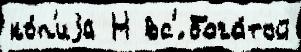
ко́п'иjа Н вс'́ бога́той